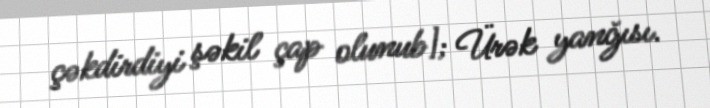
çəkdirdiyi şəkil çap olunub]; Ürək yanğısı.